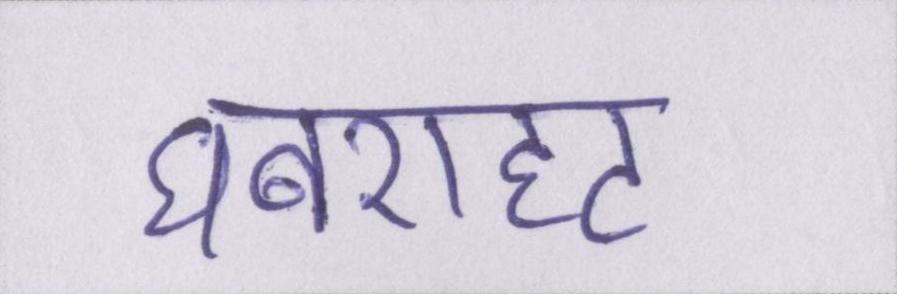
घबराहट